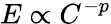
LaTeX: E\propto C^{-p}